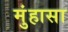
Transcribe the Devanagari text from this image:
मुंहासा